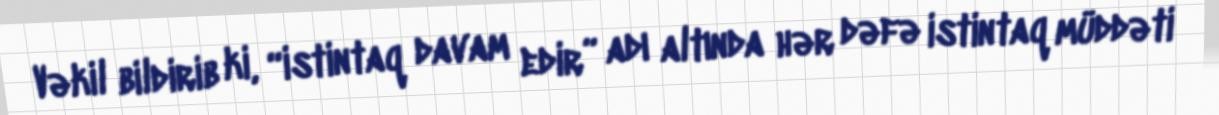
Vəkil bildirib ki, “istintaq davam edir” adı altında hər dəfə istintaq müddəti